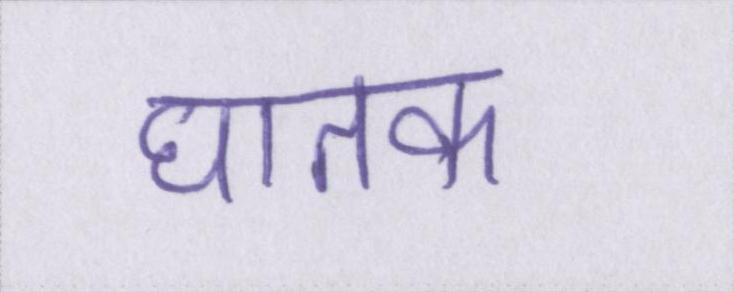
घातक